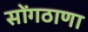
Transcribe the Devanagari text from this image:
सोंगठाणा